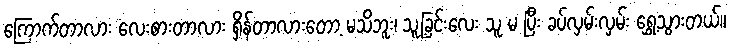
ကြောက်တာလား လေးစားတာလား ရှိန်တာလားတော့ မသိဘူး၊ သူ့ခြင်းလေး သူ မ ပြီး ခပ်လှမ်းလှမ်း ရွှေ့သွားတယ်။